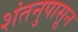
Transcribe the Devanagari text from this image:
शंतनुपासून